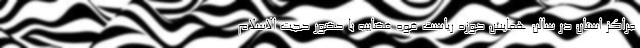
مراکز استان در سالن همایش حوزه ریاست قوه قضاییه با حضور حجت الاسلام